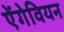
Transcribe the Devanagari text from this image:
ऐंगेवियन